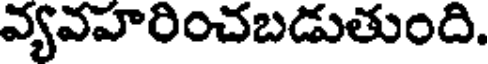
వ్యవహరించబడుతుంది.